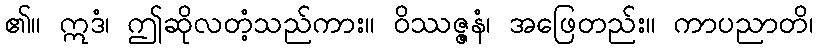
၏။ ဣဒံ၊ ဤဆိုလတံ့သည်ကား။ ဝိဿဇ္ဇနံ၊ အဖြေတည်း။ ကာပညာတိ၊